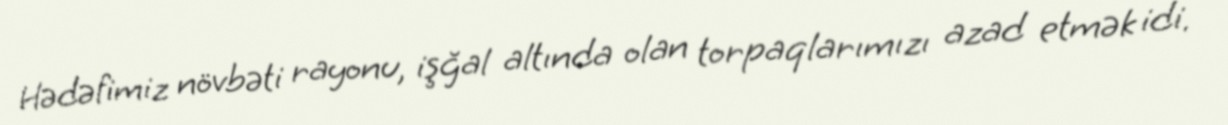
Hədəfimiz növbəti rayonu, işğal altında olan torpaqlarımızı azad etmək idi.